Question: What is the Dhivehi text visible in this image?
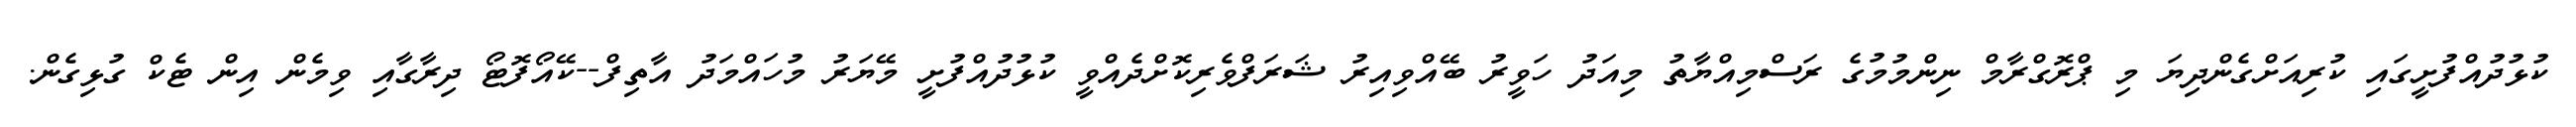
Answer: ކުޅުދުއްފުށީގައި ކުރިއަށްގެންދިޔަ މި ޕްރޮގްރާމް ނިންމުމުގެ ރަސްމިއްޔާތު މިއަދު ހަވީރު ބޭއްވިއިރު ޝަރަފްވެރިކޮށްދެއްވީ ކުޅުދުއްފުށީ މޭޔަރު މުހައްމަދު އާތިފް--ކޭއޯފޮޓޯ ދިރާގާއި ވިމެން އިން ޓެކް ގުޅިގެން.